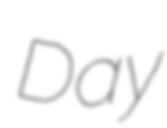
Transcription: Day